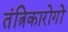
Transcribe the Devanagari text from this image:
तंत्रिकारोगों